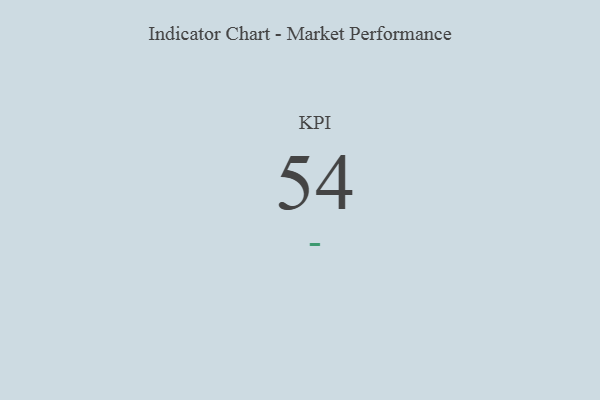
{"axis": {"x": "KPI", "y": "Value"}, "legend": [""], "data": [{"x": "KPI", "y": 54, "type": ""}]}